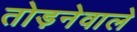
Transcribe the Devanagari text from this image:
तोड़नेवाले